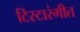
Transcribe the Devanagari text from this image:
टिस्टारंगीत